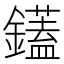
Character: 鑉